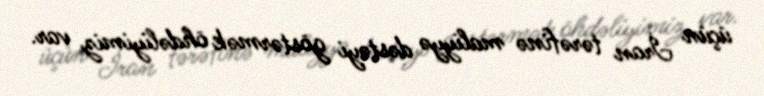
üçün İran tərəfinə maliyyə dəstəyi göstərmək öhdəliyimiz var.